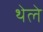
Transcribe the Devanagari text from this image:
थेले